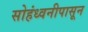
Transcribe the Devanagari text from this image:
सोहंध्वनीपासून